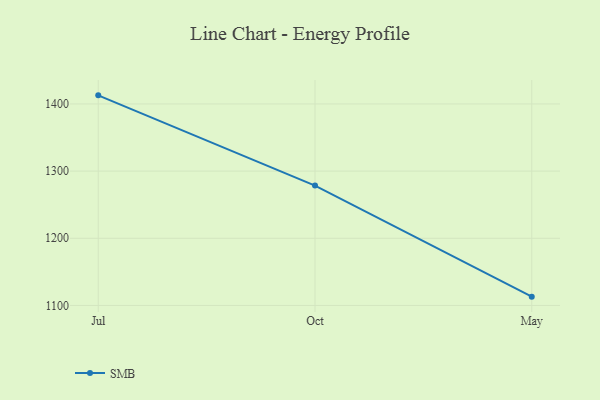
{"axis": {"x": "Month", "y": "LTV (USD)"}, "legend": ["SMB"], "data": [{"x": "Jul", "y": 1412.8, "type": "SMB"}, {"x": "Oct", "y": 1278.5, "type": "SMB"}, {"x": "May", "y": 1113.1, "type": "SMB"}]}